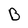
Character: B